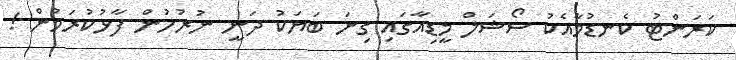
ކަރަންޓު ކެނޑުމާއެކު ސޯޝަލް މީޑިއާގައި ގިނަ ބަޔަކު ދަނީ ނުރުހުން ފާޅުކުރަމުން !